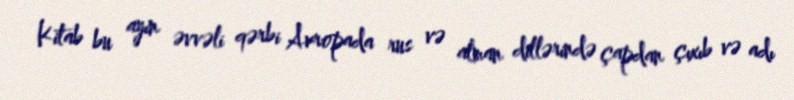
Kitab bu ayın əvvəli qərbi Avropada rus və alman dillərində çapdan çıxıb və adı